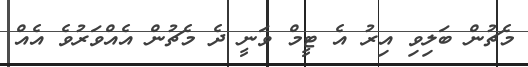
މެޗުން ބަލިވި އިރު އެ ޓީމް ވަނީ ދެ މެޗުން އެއްވަރުވެ އެއް